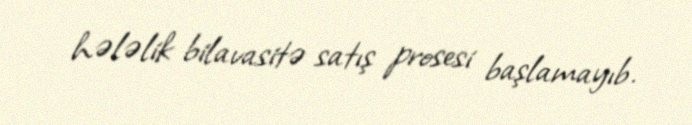
hələlik bilavasitə satış prosesi başlamayıb.